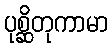
ပုစ္ဆိတုကာမာ